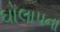
ઘોલાપના